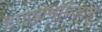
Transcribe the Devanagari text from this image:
हाइड्रोभूविज्ञान